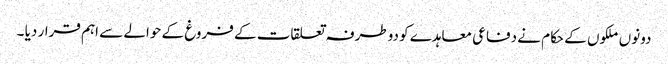
دونوں ملکوں کے حکام نے دفاعی معاہدے کو دوطرفہ تعلقات کے فروغ کے حوالے سے اہم قرار دیا ۔